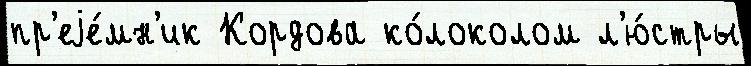
пр'еjе́мн'ик Кордова ко́локолом л'ю́стры